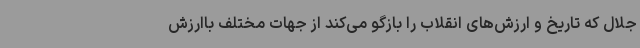
جلال که تاریخ و ارزش‌های انقلاب را بازگو می‌کند از جهات مختلف باارزش